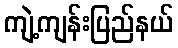
ကျဲ့ကျန်းပြည်နယ်